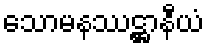
သောမနဿဋ္ဌာနီယံ